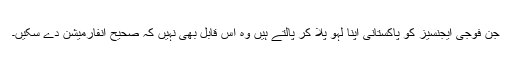
جن فوجی ایجنسیز کو پاکستانی اپنا لہو پلا کر پالتے ہیں وہ اس قابل بھی نہیں کہ صحیح انفارمیشن دے سکیں۔